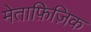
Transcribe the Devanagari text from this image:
मेताफ़िज़िक